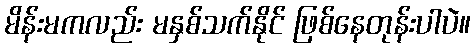
မိန်းမကလည်း မနှစ်သက်နိုင် ဖြစ်နေတုန်းပါပဲ။